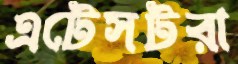
এটেসটরা